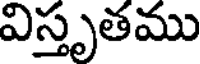
విస్తృతము